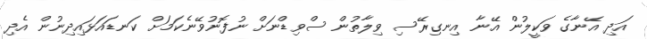
އަދި އޭނާގެ ވަކީލުން އޭނާ އިނގިރޭސި ވިލާތުން ސްވިޑްނަށް ނުފޮނުވޭނެކަމަށް ކަނޑައަޅައިދިނުން އެދި